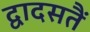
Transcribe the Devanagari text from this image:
द्वादसतैं